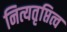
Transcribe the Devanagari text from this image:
नित्यतृप्तित्व